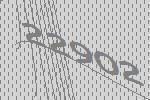
22902